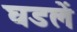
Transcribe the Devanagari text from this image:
घडलें